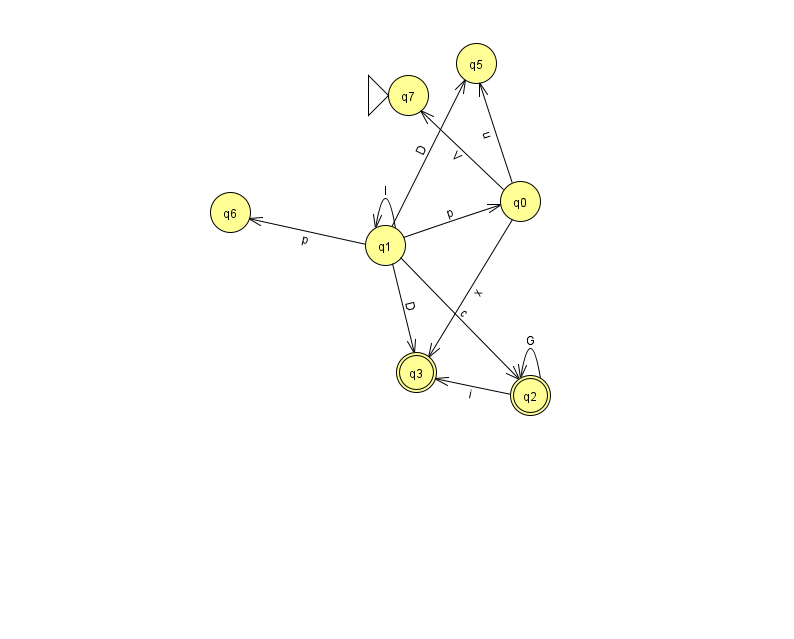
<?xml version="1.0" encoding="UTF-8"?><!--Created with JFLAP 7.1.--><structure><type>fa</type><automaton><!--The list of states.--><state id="0" name="q0"><x>520.0</x><y>188.0</y></state><state id="1" name="q1"><x>385.0</x><y>232.0</y></state><state id="2" name="q2"><x>530.0</x><y>382.0</y><final/></state><state id="3" name="q3"><x>416.0</x><y>359.0</y><final/></state><state id="5" name="q5"><x>476.0</x><y>50.0</y></state><state id="6" name="q6"><x>230.0</x><y>199.0</y></state><state id="7" name="q7"><x>408.0</x><y>82.0</y><initial/></state><!--The list of transitions.--><transition><from>2</from><to>3</to><read>i</read></transition><transition><from>1</from><to>5</to><read>D</read></transition><transition><from>1</from><to>0</to><read>p</read></transition><transition><from>1</from><to>6</to><read>p</read></transition><transition><from>0</from><to>5</to><read>u</read></transition><transition><from>0</from><to>7</to><read>V</read></transition><transition><from>1</from><to>3</to><read>D</read></transition><transition><from>2</from><to>2</to><read>G</read></transition><transition><from>1</from><to>2</to><read>c</read></transition><transition><from>1</from><to>1</to><read>l</read></transition><transition><from>0</from><to>3</to><read>x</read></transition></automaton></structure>